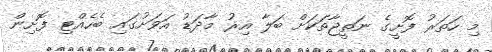
މި ހަތަރު ފޮށީގެ ނަތީޖާތަކަށް ބަލާ އިރު މާދަޑު އަވަށުގައި ބެހެއްޓި ފޮށިން